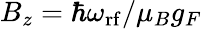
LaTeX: B_{z}=\hbar\omega_{\mathrm{rf}}/\mu_{B}g_{F}